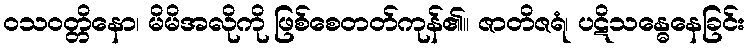
ဝသဝတ္တိနော၊ မိမိအလိုကို ဖြစ်စေတတ်ကုန်၏။ ဇာတိဇရံ၊ ပဋိသန္ဓေနေခြင်း